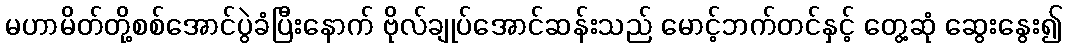
မဟာမိတ်တို့စစ်အောင်ပွဲခံပြီးနောက် ဗိုလ်ချုပ်အောင်ဆန်းသည် မောင့်ဘက်တင်နှင့် တွေ့ဆုံ ဆွေးနွေး၍